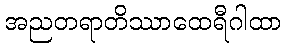
အညတရာတိဿာထေရီဂါထာ